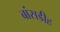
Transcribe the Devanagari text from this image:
बांसडीह